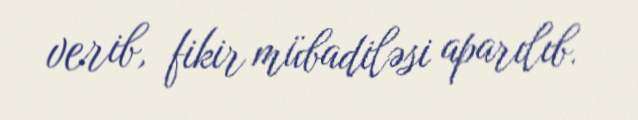
verib, fikir mübadiləsi aparılıb.